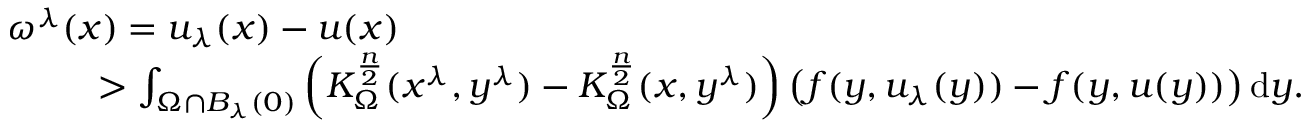
\begin{array} { r l } & { \omega ^ { \lambda } ( x ) = u _ { \lambda } ( x ) - u ( x ) } \\ & { \qquad \, \, \, > \int _ { \Omega \cap B _ { \lambda } ( 0 ) } \left( K _ { \Omega } ^ { \frac { n } { 2 } } ( x ^ { \lambda } , y ^ { \lambda } ) - K _ { \Omega } ^ { \frac { n } { 2 } } ( x , y ^ { \lambda } ) \right) \left( f ( y , u _ { \lambda } ( y ) ) - f ( y , u ( y ) ) \right) \mathrm d y . } \end{array}